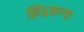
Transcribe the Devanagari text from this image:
हिंदकन्या